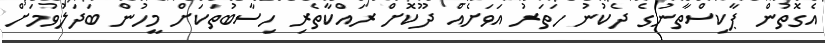
އެގޮތުން ޕާކިސްތާނުގެ ދެކުނު ހަތަރު އަވަށެއް ދޫކޮށް ރައްކާތެރި ހިސާބުތަކަށް މީހުން ބަދަލުވުމަށް